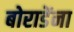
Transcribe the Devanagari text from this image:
बोराडेंना